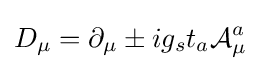
D_{\mu }=\partial _{\mu }\pm ig_{s}t_{a}{\mathcal {A}}_{\mu }^{a}